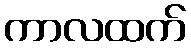
ကာလထက်